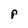
Character: p